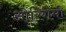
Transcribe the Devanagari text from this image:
ओरिगेमी